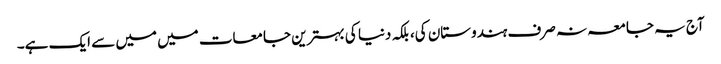
آج یہ جامعہ نہ صرف ہندوستان کی، بلکہ دنیا کی بہترین جامعات میں میں سے ایک ہے۔